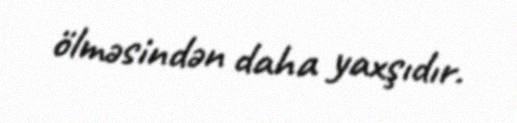
ölməsindən daha yaxşıdır.